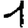
Digit: 1